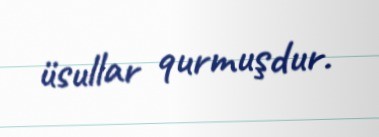
üsullar qurmuşdur.